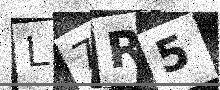
Text: L7R5